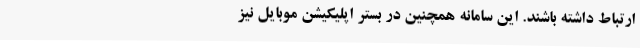
ارتباط داشته باشند. این سامانه همچنین در بستر اپلیکیشن موبایل نیز